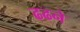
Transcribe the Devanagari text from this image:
ढढने